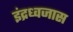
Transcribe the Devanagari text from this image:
इंद्रध्वजास